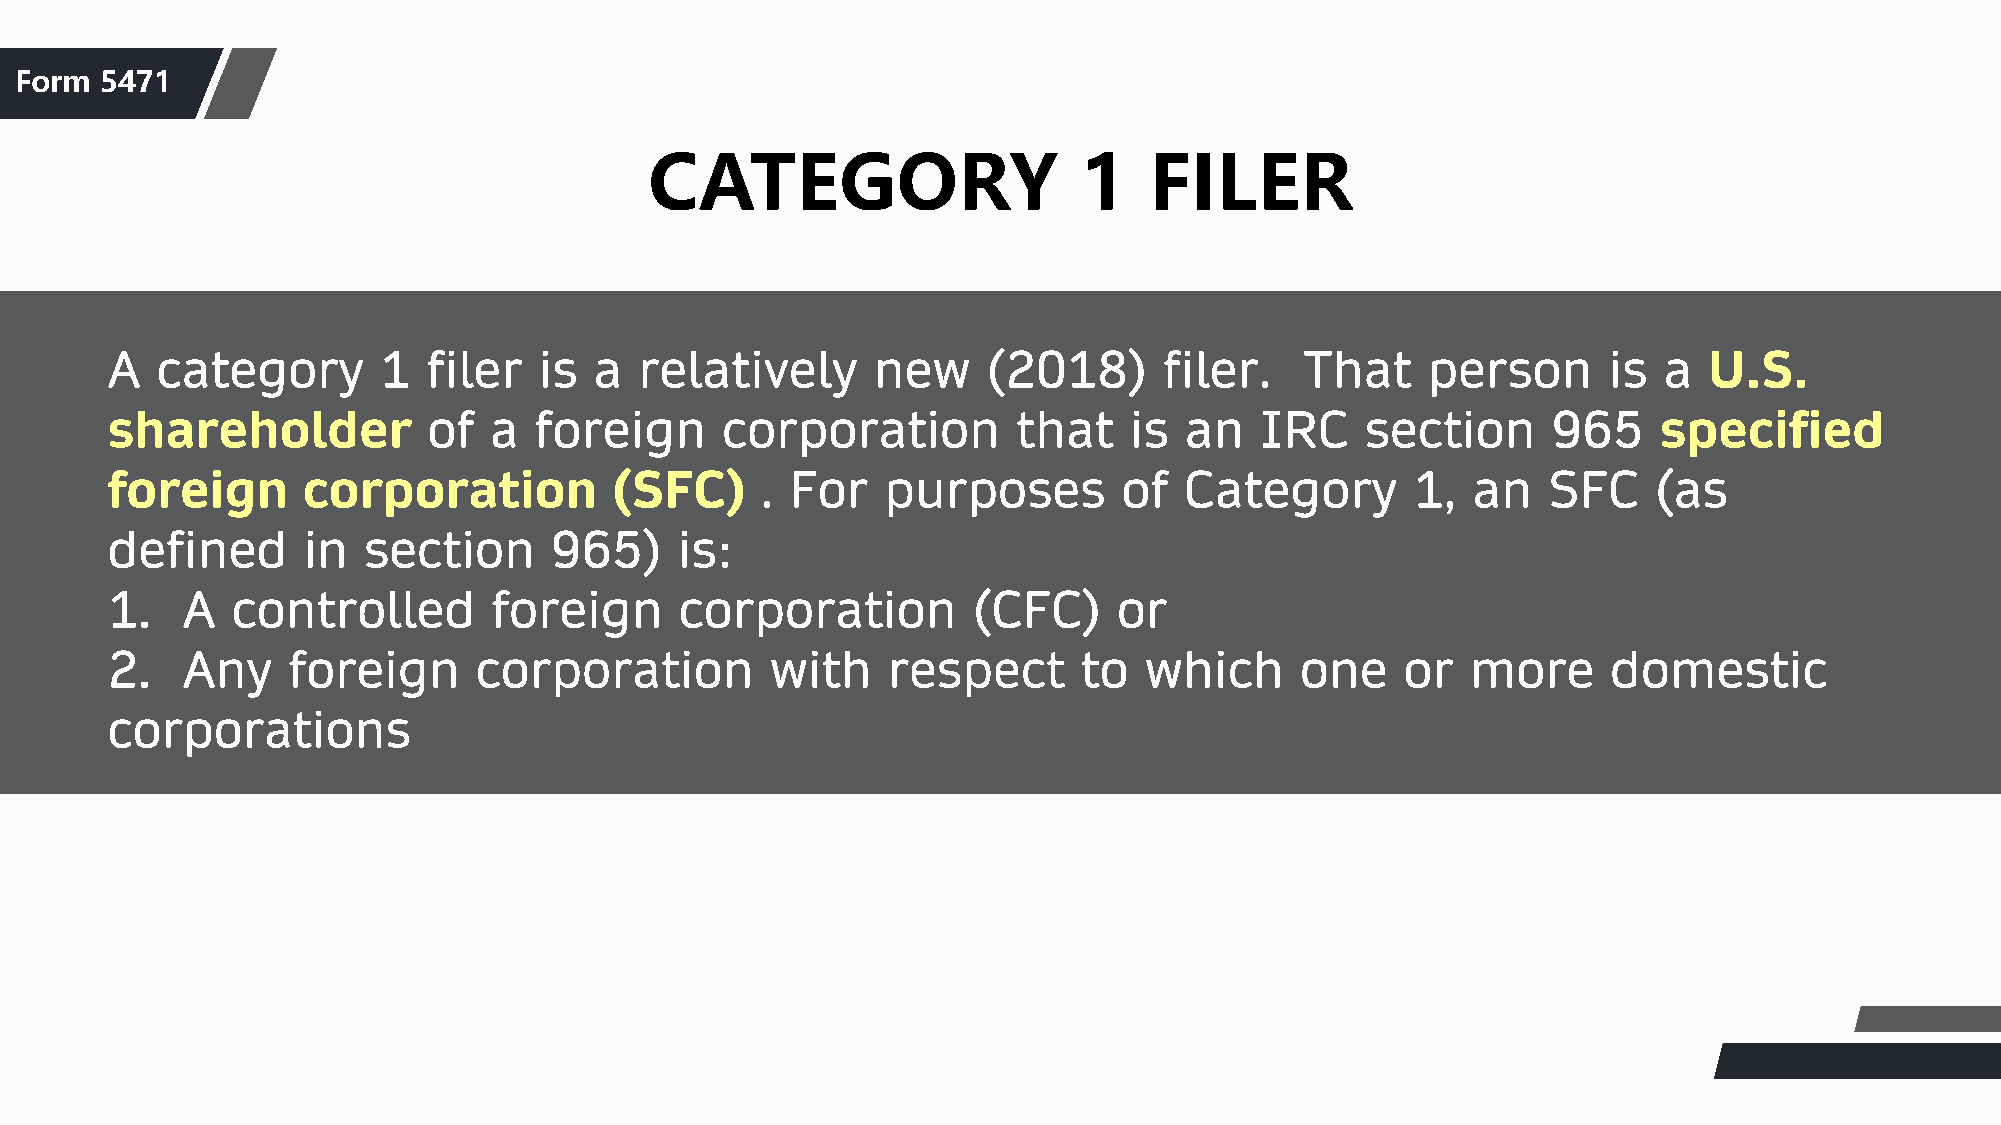
F团orm队 5介47绍1
 CATEGORY                     1   FILER
 A  category       1  filer   is a  relatively      new    (2018)      filer.   That    person      is  a  U.S.
 shareholder          of  a  foreign      corporation        that    is an   IRC    section      965    specified
 foreign      corporation         (SFC)     . For   purposes        of  Category        1, an   SFC     (as
 defined      in  section     965)     is:
 1.   A  controlled        foreign     corporation        (CFC)     or
 2.   Any    foreign     corporation         with    respect      to  which     one    or  more      domestic
 corporations